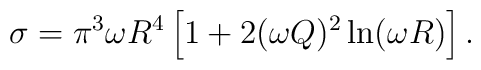
\sigma = \pi^3 \omega R^4  \left[1 + 2 (\omega Q)^2 \ln (\omega R)\right ].